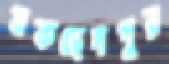
মকছেদপুর